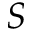
S